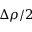
\Delta \rho / 2